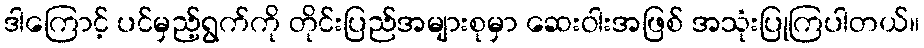
ဒါကြောင့် ပင်မှည့်ရွက်ကို တိုင်းပြည်အများစုမှာ ဆေးဝါးအဖြစ် အသုံးပြုကြပါတယ်။